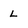
Character: L